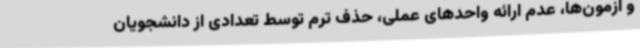
و آزمون‌ها، عدم ارائه واحدهای عملی، حذف ترم توسط تعدادی از دانشجویان